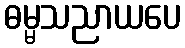
ဓမ္မသညာယပေ